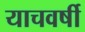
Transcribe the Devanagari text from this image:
याचवर्षी